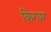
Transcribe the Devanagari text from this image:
किरयर